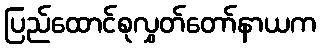
ပြည်ထောင်စုလွှတ်တော်နာယက